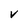
Character: V